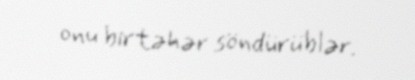
onu birtəhər söndürüblər.